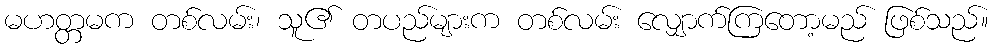
မဟတ္တမက တစ်လမ်း၊ သူ၏ တပည်များက တစ်လမ်း လျှောက်ကြတော့မည် ဖြစ်သည်။